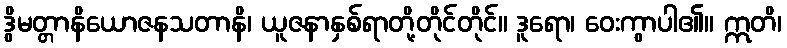
ဒွိမတ္တာနိယောဇနသတာနိ၊ ယူဇနာနှစ်ရာတို့တိုင်တိုင်။ ဒူရော၊ ဝေးကွာပါ၏။ ဣတိ၊